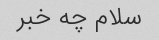
سلام چه خبر